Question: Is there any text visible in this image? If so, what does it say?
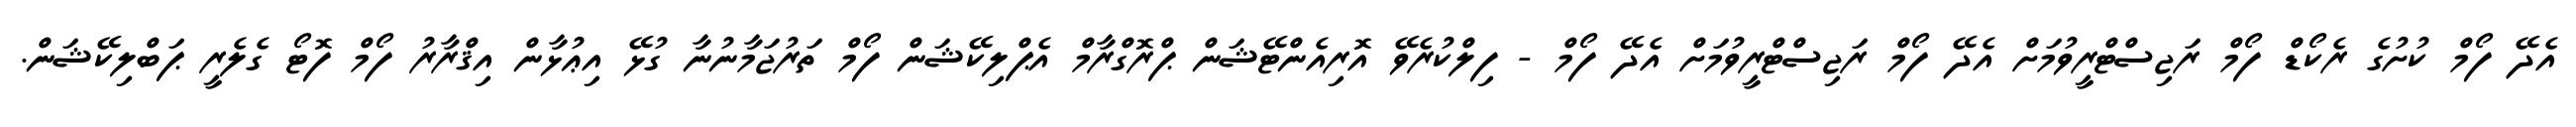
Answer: އެދޭ ފޯމް ކުށުގެ ރެކޯޑް ފޯމް ރަޖިސްޓްރީވުމަށް އެދޭ ފޯމް ރަޖިސްޓްރީވުމަށް އެދޭ ފޯމް - ފިލްކުރެވޭ އޮރިއެންޓޭޝަން ޕްރޮގްރާމް އެޕްލިކޭޝަން ފޯމް ތަރުޖަމާނުނާ ގުޅޭ އިޢުޅާން އިޤްރާރު ފޯމް ފޮޓޯ ގެލެރީ ޕަބްލިކޭޝަން.